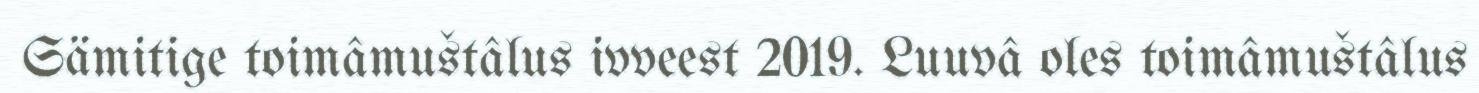
Sämitige toimâmuštâlus ivveest 2019. Luuvâ oles toimâmuštâlus